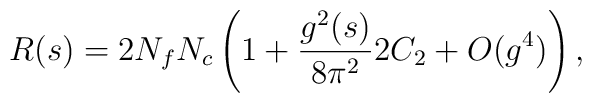
R (s) = 2 N_{f} N_{c} \left( 1 + \frac{g^{2}(s)}{8\pi^{2}} 2         C_{2} + O(g^{4})\right),